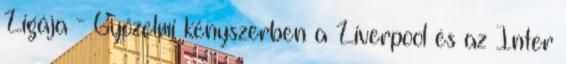
Ligája - Győzelmi kényszerben a Liverpool és az Inter